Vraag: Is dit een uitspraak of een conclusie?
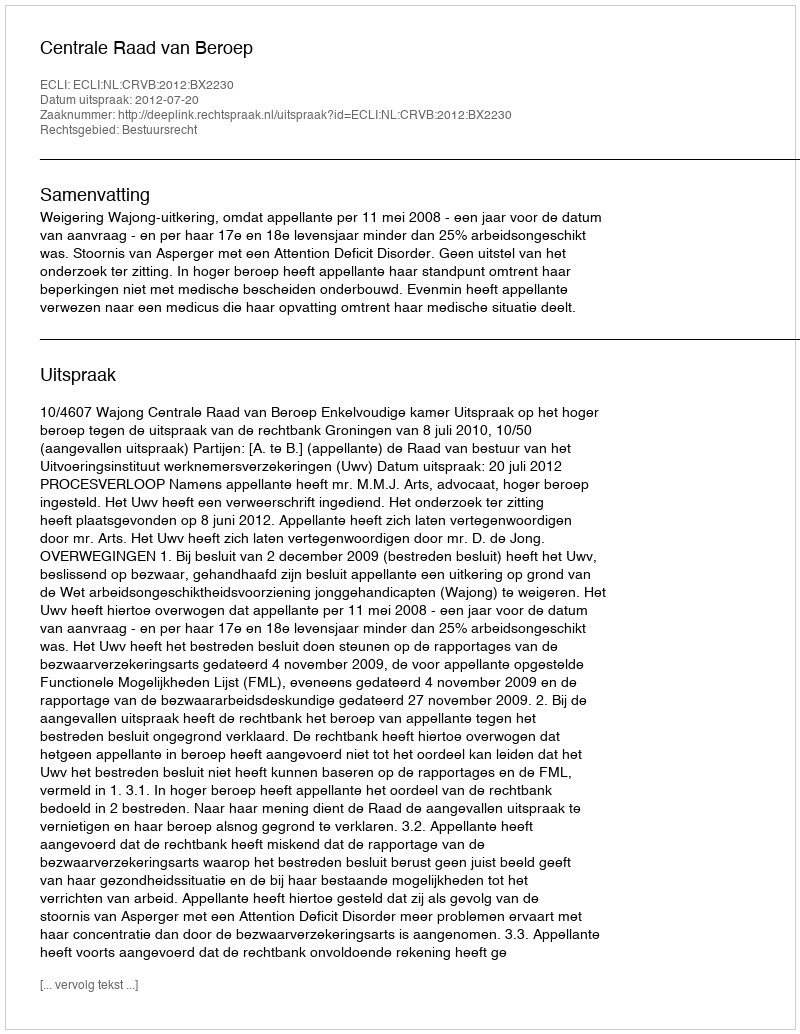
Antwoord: Uitspraak